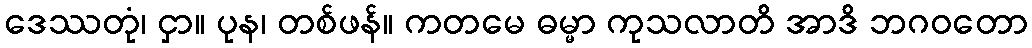
ဒေဿတုံ၊ ငှာ။ ပုန၊ တစ်ဖန်။ ကတမေ ဓမ္မာ ကုသလာတိ အာဒိ ဘဂဝတော